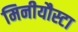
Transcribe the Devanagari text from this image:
मिनीयौस्टा